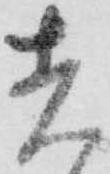
者